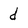
Character: d